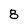
Character: 8